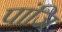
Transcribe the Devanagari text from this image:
पांजि